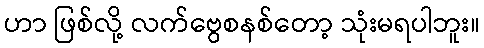
ဟာ ဖြစ်လို့ လက်ဗွေစနစ်တော့ သုံးမရပါဘူး။